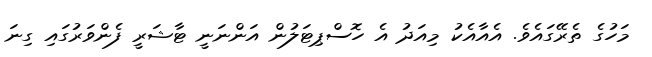
މަހުގެ ތެރޭގައެވެ. އެއާއެކު މިއަދު އެ ހޮސްޕިޓަލުން އަންނަނީ ޓާޝަރީ ފެންވަރުގައި ގިނަ